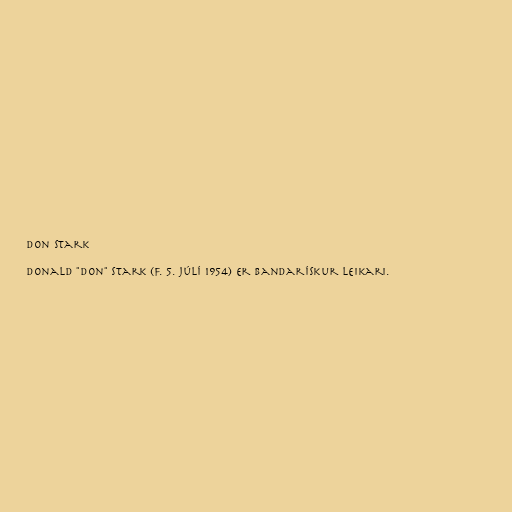
Don Stark

Donald "Don" Stark (f. 5. júlí 1954) er bandarískur leikari.